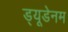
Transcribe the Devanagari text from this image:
ड्यूडेनम